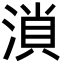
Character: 溑